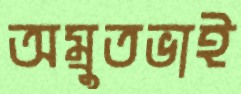
অম্রুতভাই